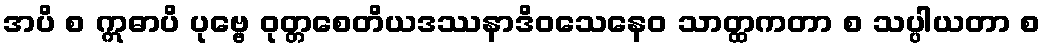
အပိ စ ဣဓာပိ ပုဗ္ဗေ ဝုတ္တစေတိယဒဿနာဒိဝသေနေဝ သာတ္ထကတာ စ သပ္ပါယတာ စ